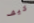
كيف